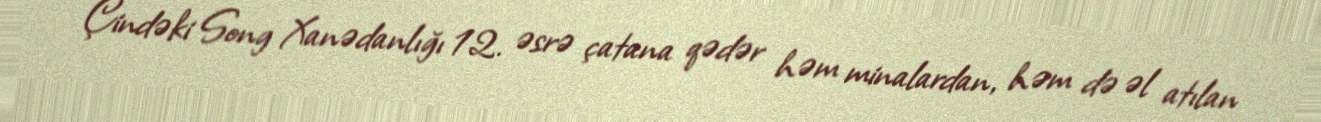
Çindəki Song Xanədanlığı 12. əsrə çatana qədər həm minalardan, həm də əl atılan